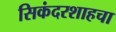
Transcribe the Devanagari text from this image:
सिकंदरशाहचा